Lunatic asylums Central Provinces reports 1895-1909 - 1895-1909
Year: 1895
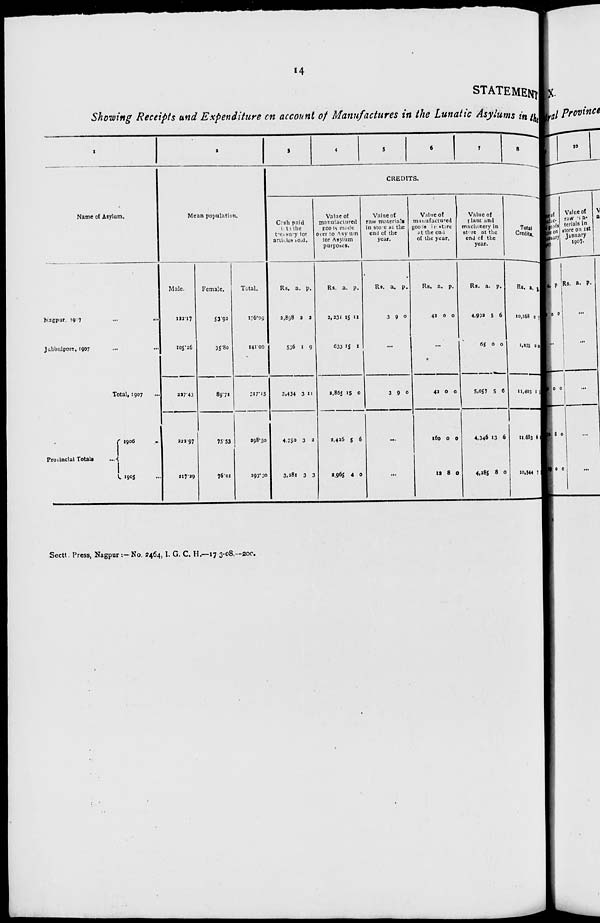
14
STATEMENT
Showing Receipts and Expenditure on account of Manufactures in the Lunatic Asylums in the
1
Name of Asylum.
Nagpur, 1907 ... ...
Jubbulpore, 1907 ... ...
Total, 1907 ...
Provincial Totals ...
1906
.
..
1905 ...
2
Mean population.
Male.
122.17
105.26
227.43
222.97
217.29
Female.
53.92
35.80
89.72
75.53
76.01
Total.
176.09
141.06
317.15
298.50
293.30
3
4
5
6
7
8
CREDITS.
Cash paid
in to the
treasury for
articles sold.
Rs.
2,898
536
3,434
4,750
3,281
a.
2
1
3
3
3
p.
2
9
11
2
3
Value of
manufactured
goods made
Over to Asylum
for Asylum
purposes.
Rs.
3,231
633
3,865
3,426
2,965
a.
15
15
15
5
4
p.
11
1
0
6
0
Value of
raw materials
in store at the
end of the
year.
Rs.
3
a.
9
p.
0
...
3 9 0
...
...
Value of
manufactured
goods in store
at the end
of the year.
Rs.
42
a.
0
p.
0
...
42
160
12
0
0
8
0
0
0
Value of
plant and
machinery in
store at the
end of the
year.
Rs.
4,992
65
5,057
4,346
4,285
a.
5
0
5
13
8
p.
6
0
6
6
0
Total
Credits.
Rs.
10,168
1,235
11,403
11,683
10,544
a.
0
0
1
6
544
p.
1
11
5
7
Sectt Press, Nagpur :-No. 2464, I. G. C. H.—17-3-08.—200.